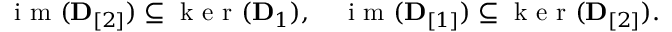
\begin{array} { r } { \mathrm { ~ i ~ m ~ } ( { \bf D } _ { [ 2 ] } ) \subseteq \mathrm { ~ k ~ e ~ r ~ } ( { \bf D } _ { 1 } ) , \quad \mathrm { ~ i ~ m ~ } ( { \bf D } _ { [ 1 ] } ) \subseteq \mathrm { ~ k ~ e ~ r ~ } ( { \bf D } _ { [ 2 ] } ) . } \end{array}